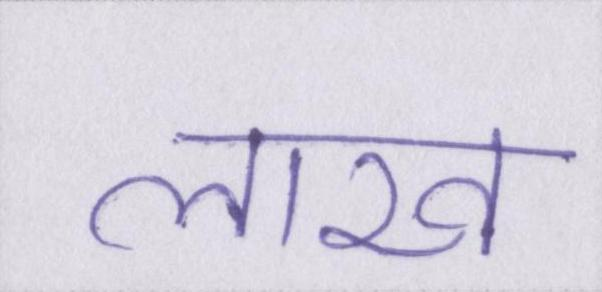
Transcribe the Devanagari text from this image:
लाख